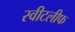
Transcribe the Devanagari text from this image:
स्वीटलीफ